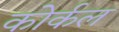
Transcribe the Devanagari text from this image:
कोर्कल